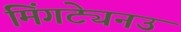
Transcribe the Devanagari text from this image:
मिंगट्येनउ